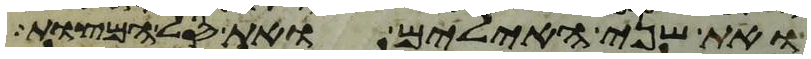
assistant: ואת שני האילים ואת סל המצות